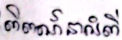
ពិពណ៌នាអំពី